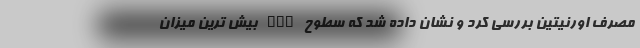
مصرف اورنیتین بررسی کرد و نشان داده شد که سطوح HGH بیش ترین میزان